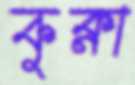
কুক্না